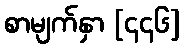
စာမျက်နှာ [၄၄၆]